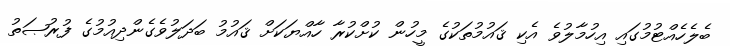
ބެލެހެއްޓުމުގައި އިހުމާލުވެ އެކި ޤައުމުތަކުގެ މީހުން ކުށްކުރާ ހާއްޔަކަށް ޤައުމު ބަދަލުވެގެންދިއުމުގެ ފުރުޞަތު